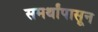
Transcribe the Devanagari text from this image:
समर्थांपासून